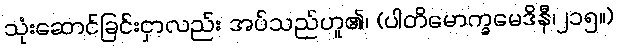
သုံးဆောင်ခြင်းငှာလည်း အပ်သည်ဟူ၏၊ (ပါတိမောက္ခမေဒိနီ၊၂၁၅။)